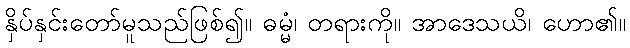
နှိပ်နှင်းတော်မူသည်ဖြစ်၍။ ဓမ္မံ၊ တရားကို။ အာဒေသယိ၊ ဟော၏။